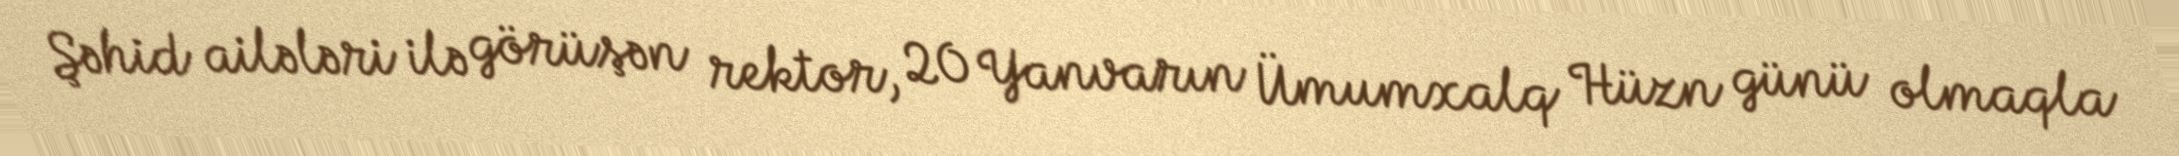
Şəhid ailələri ilə görüşən rektor, 20 Yanvarın Ümumxalq Hüzn günü olmaqla